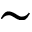
\sim